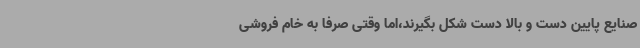
صنایع پایین دست و بالا دست شکل بگیرند،اما وقتی صرفاً به خام فروشی